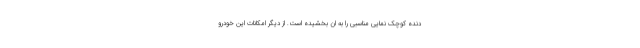
دنده کوچک نمایی مناسبی را به ان بخشیده است. از دیگر امکانات این خودرو